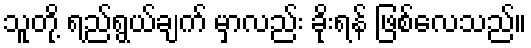
သူတို့ ရည်ရွယ်ချက် မှာလည်း ခိုးရန် ဖြစ်လေသည်။